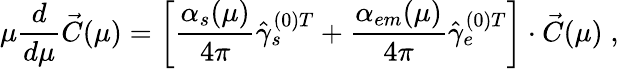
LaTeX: \mu{\frac{d}{d\mu}}\vec{C}(\mu)=\left[{\frac{\alpha_{s}(\mu)}{4\pi}}{\hat{\gamma}_{s}^{(0)T}}+{\frac{\alpha_{em}(\mu)}{4\pi}}{\hat{\gamma}_{e}^{(0)T}}\right]\cdot\vec{C}(\mu)\; ,